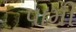
પામી